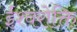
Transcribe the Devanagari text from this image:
ईश्वरोक्ति